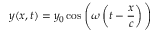
y ( x , t ) = y _ { 0 } \cos { \Bigg ( } \omega \left( t - { \frac { x } { c } } \right) { \Bigg ) }